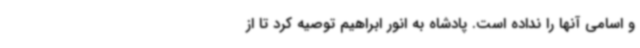
و اسامی آنها را نداده است. پادشاه به انور ابراهیم توصیه کرد تا از